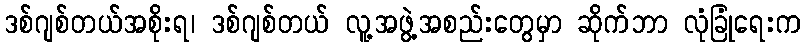
ဒစ်ဂျစ်တယ်အစိုးရ၊ ဒစ်ဂျစ်တယ် လူ့အဖွဲ့အစည်းတွေမှာ ဆိုက်ဘာ လုံခြုံရေးက